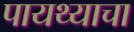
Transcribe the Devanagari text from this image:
पायथ्याचा